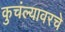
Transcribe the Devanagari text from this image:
कुचंल्यावरचे